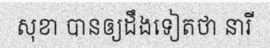
សុខា បានឲ្យដឹងទៀតថា នារី